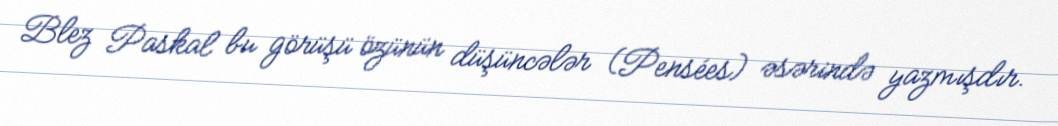
Blez Paskal bu görüşü özünün düşüncələr (Pensées) əsərində yazmışdır.